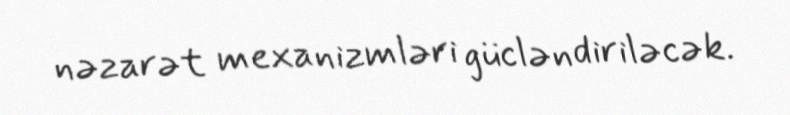
nəzarət mexanizmləri gücləndiriləcək.